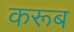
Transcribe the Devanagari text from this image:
करूब